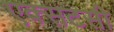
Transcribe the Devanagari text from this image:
एक्सटसी